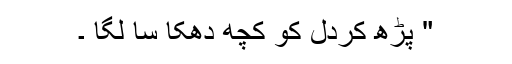
" پڑھ کردل کو کچھ دھکا سا لگا ۔